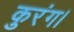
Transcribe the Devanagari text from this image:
कुरंग।